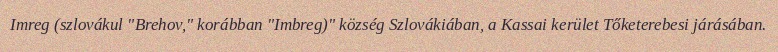
Imreg (szlovákul "Brehov," korábban "Imbreg)" község Szlovákiában, a Kassai kerület Tőketerebesi járásában.